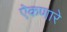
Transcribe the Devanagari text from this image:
ऐकणारे